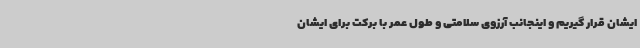
ایشان قرار گیریم و اینجانب آرزوی سلامتی و طول عمر با برکت برای ایشان